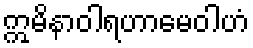
ဣမိနာဝါရဟာမေဝါဟံ